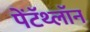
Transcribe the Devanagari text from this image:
पेंटॅथ्लॉन